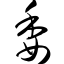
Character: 委